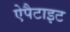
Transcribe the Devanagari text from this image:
ऐपैटाइट